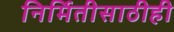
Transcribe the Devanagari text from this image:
निर्मितीसाठीही